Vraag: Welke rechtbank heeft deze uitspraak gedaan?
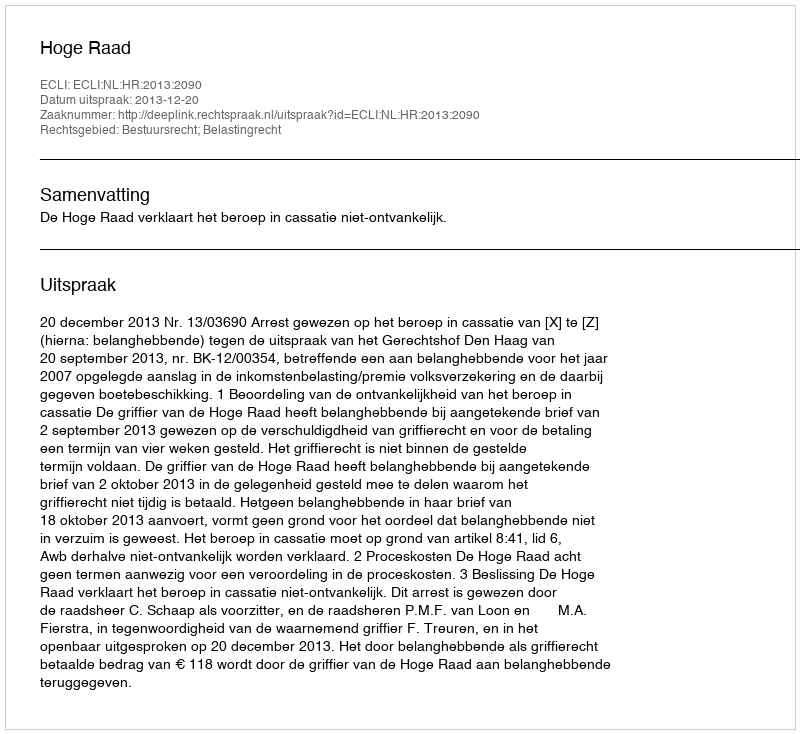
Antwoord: Hoge Raad